Lunatic asylums Madras 1877-1891 - 1877-1891
Year: 1877
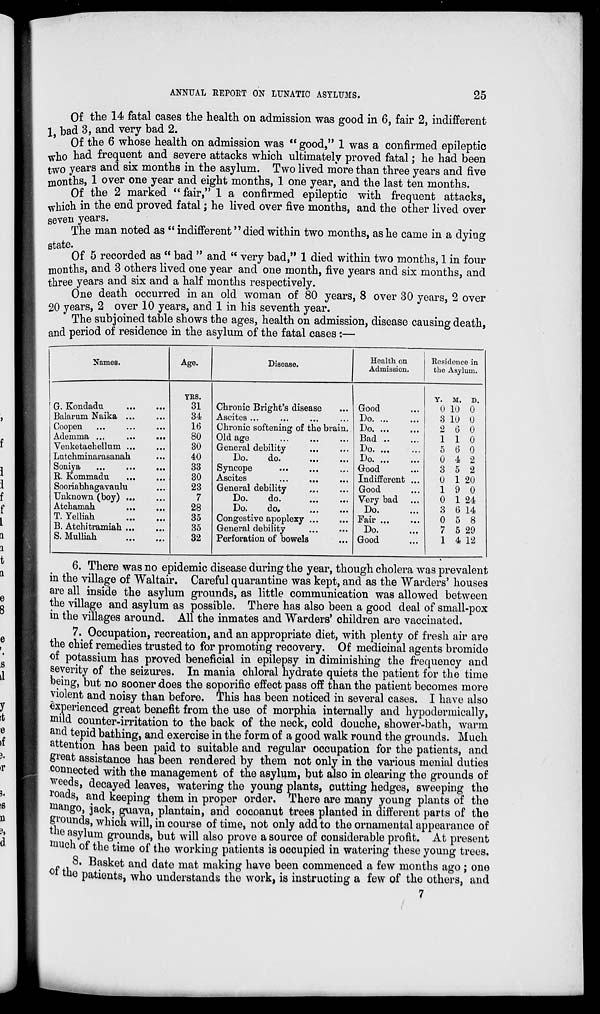
ANNUAL REPORT ON LUNATIC ASYLUMS.
25
Of the 14 fatal cases the health on admission was good in 6, fair 2, indifferent
1, bad 3, and very bad 2.
Of the 6 whose health on admission was "good," 1 was a confirmed epileptic
who had frequent and severe attacks which ultimately proved fatal; he had been
two years and six months in the asylum. Two lived more than three years and five
months, 1 over one year and eight months, 1 one year, and the last ten months.
Of the 2 marked " fair," 1 a confirmed epileptic with frequent attacks,
which in the end proved fatal; he lived over five months, and the other lived over
seven years.
The man noted as " indifferent "died within two months, as he came in a dying
state.
Of 5 recorded as " bad " and " very bad," 1 died within two months, 1 in four
months, and 3 others lived one year and one month, five years and six months, and
three years and six and a half months respectively.
One death occurred in an old woman of 80 years, 8 over 30 years, 2 over
20 years, 2 over 10 years, and 1 in his seventh year.
The subjoined table shows the ages, health on admission, disease causing death,
and period of residence in the asylum of the fatal cases :—
Names.
G. Kondadu
...
...
Balarum Naika ... ...
Coopen ... ... ...
Ademma ... ... ...
Venketachellum ... ...
Lutchminarasanah ...
Soniya
...
...
...
R. Kommadu ... ...
Sooriabhagavaulu ...
Unknown (boy) ... ...
Atchamah
...
...
T. Yelliah
...
...
B. Atchitramiah ... ...
S. Mulliah
...
...
Age.
YRS.
31
34
16
80
30
40
33
30
23
7
28
35
35
32
Disease.
Chronic Bright's disease ...
Ascites ... ... ... ...
Chronic softening of the brain.
Old age ... ... ...
General debility ... ...
Do.
do. ... ...
Syncope
...
...
...
Ascites
...
...
...
General debility ... ...
Do.
do. ... ...
Do.
do. ... ...
Congestive apoplexy ... ...
General debility ... ...
Perforation of bowels ...
Health on
Admission.
Good ...
Do. ... ...
Do. ... ...
Bad ... ...
Do. ... ...
Do. ... ...
Good ...
Indifferent ...
Good ...
Very bad ...
Do. ...
Fair ... ...
Do. ...
Good ...
Residence in
the Asylum.
Y.
0
3
2
1
5
0
3
0
1
0
3
0
7
1
M.
10
10
6
1
6
4
5
1
9
1
6
5
5
4
D.
0
0
0
0
0
2
2
20
0
24
14
8
29
12
6. There was no epidemic disease during the year, though cholera was prevalent
in the village of Waltair. Careful quarantine was kept, and as the Warders' houses
are all inside the asylum grounds, as little communication was allowed between
the village and asylum as possible. There has also been a good deal of small-pox
in the villages around. All the inmates and Warders' children are vaccinated.
7. Occupation, recreation, and an appropriate diet, with plenty of fresh air are
the chief remedies trusted to for promoting recovery. Of medicinal agents bromide
of potassium has proved beneficial in epilepsy in diminishing the frequency and
severity of the seizures. In mania chloral hydrate quiets the patient for the time
being, but no sooner does the soporific effect pass off than the patient becomes more
violent and noisy than before. This has been noticed in several cases. I have also
experienced great benefit from the use of morphia internally and hypodermically,
mild counter-irritation to the back of the neck, cold douche, shower-bath, warm
and tepid bathing, and exercise in the form of a good walk round the grounds. Much
attention has been paid to suitable and regular occupation for the patients, and
great assistance has been rendered by them not only in the various menial duties
connected with the management of the asylum, but also in clearing the grounds of
weeds, decayed leaves, watering the young plants, cutting hedges, sweeping the
roads, and keeping them in proper order. There are many young plants of the
mango, jack, guava, plantain, and cocoanut trees planted in different parts of the
grounds, which will, in course of time, not only add to the ornamental appearance of
the asylum grounds, but will also prove a source of considerable profit. At present
much of the time of the working patients is occupied in watering these young trees.
8. Basket and date mat making have been commenced a few months ago ; one
of the patients, who understands the work, is instructing a few of the others, and
7